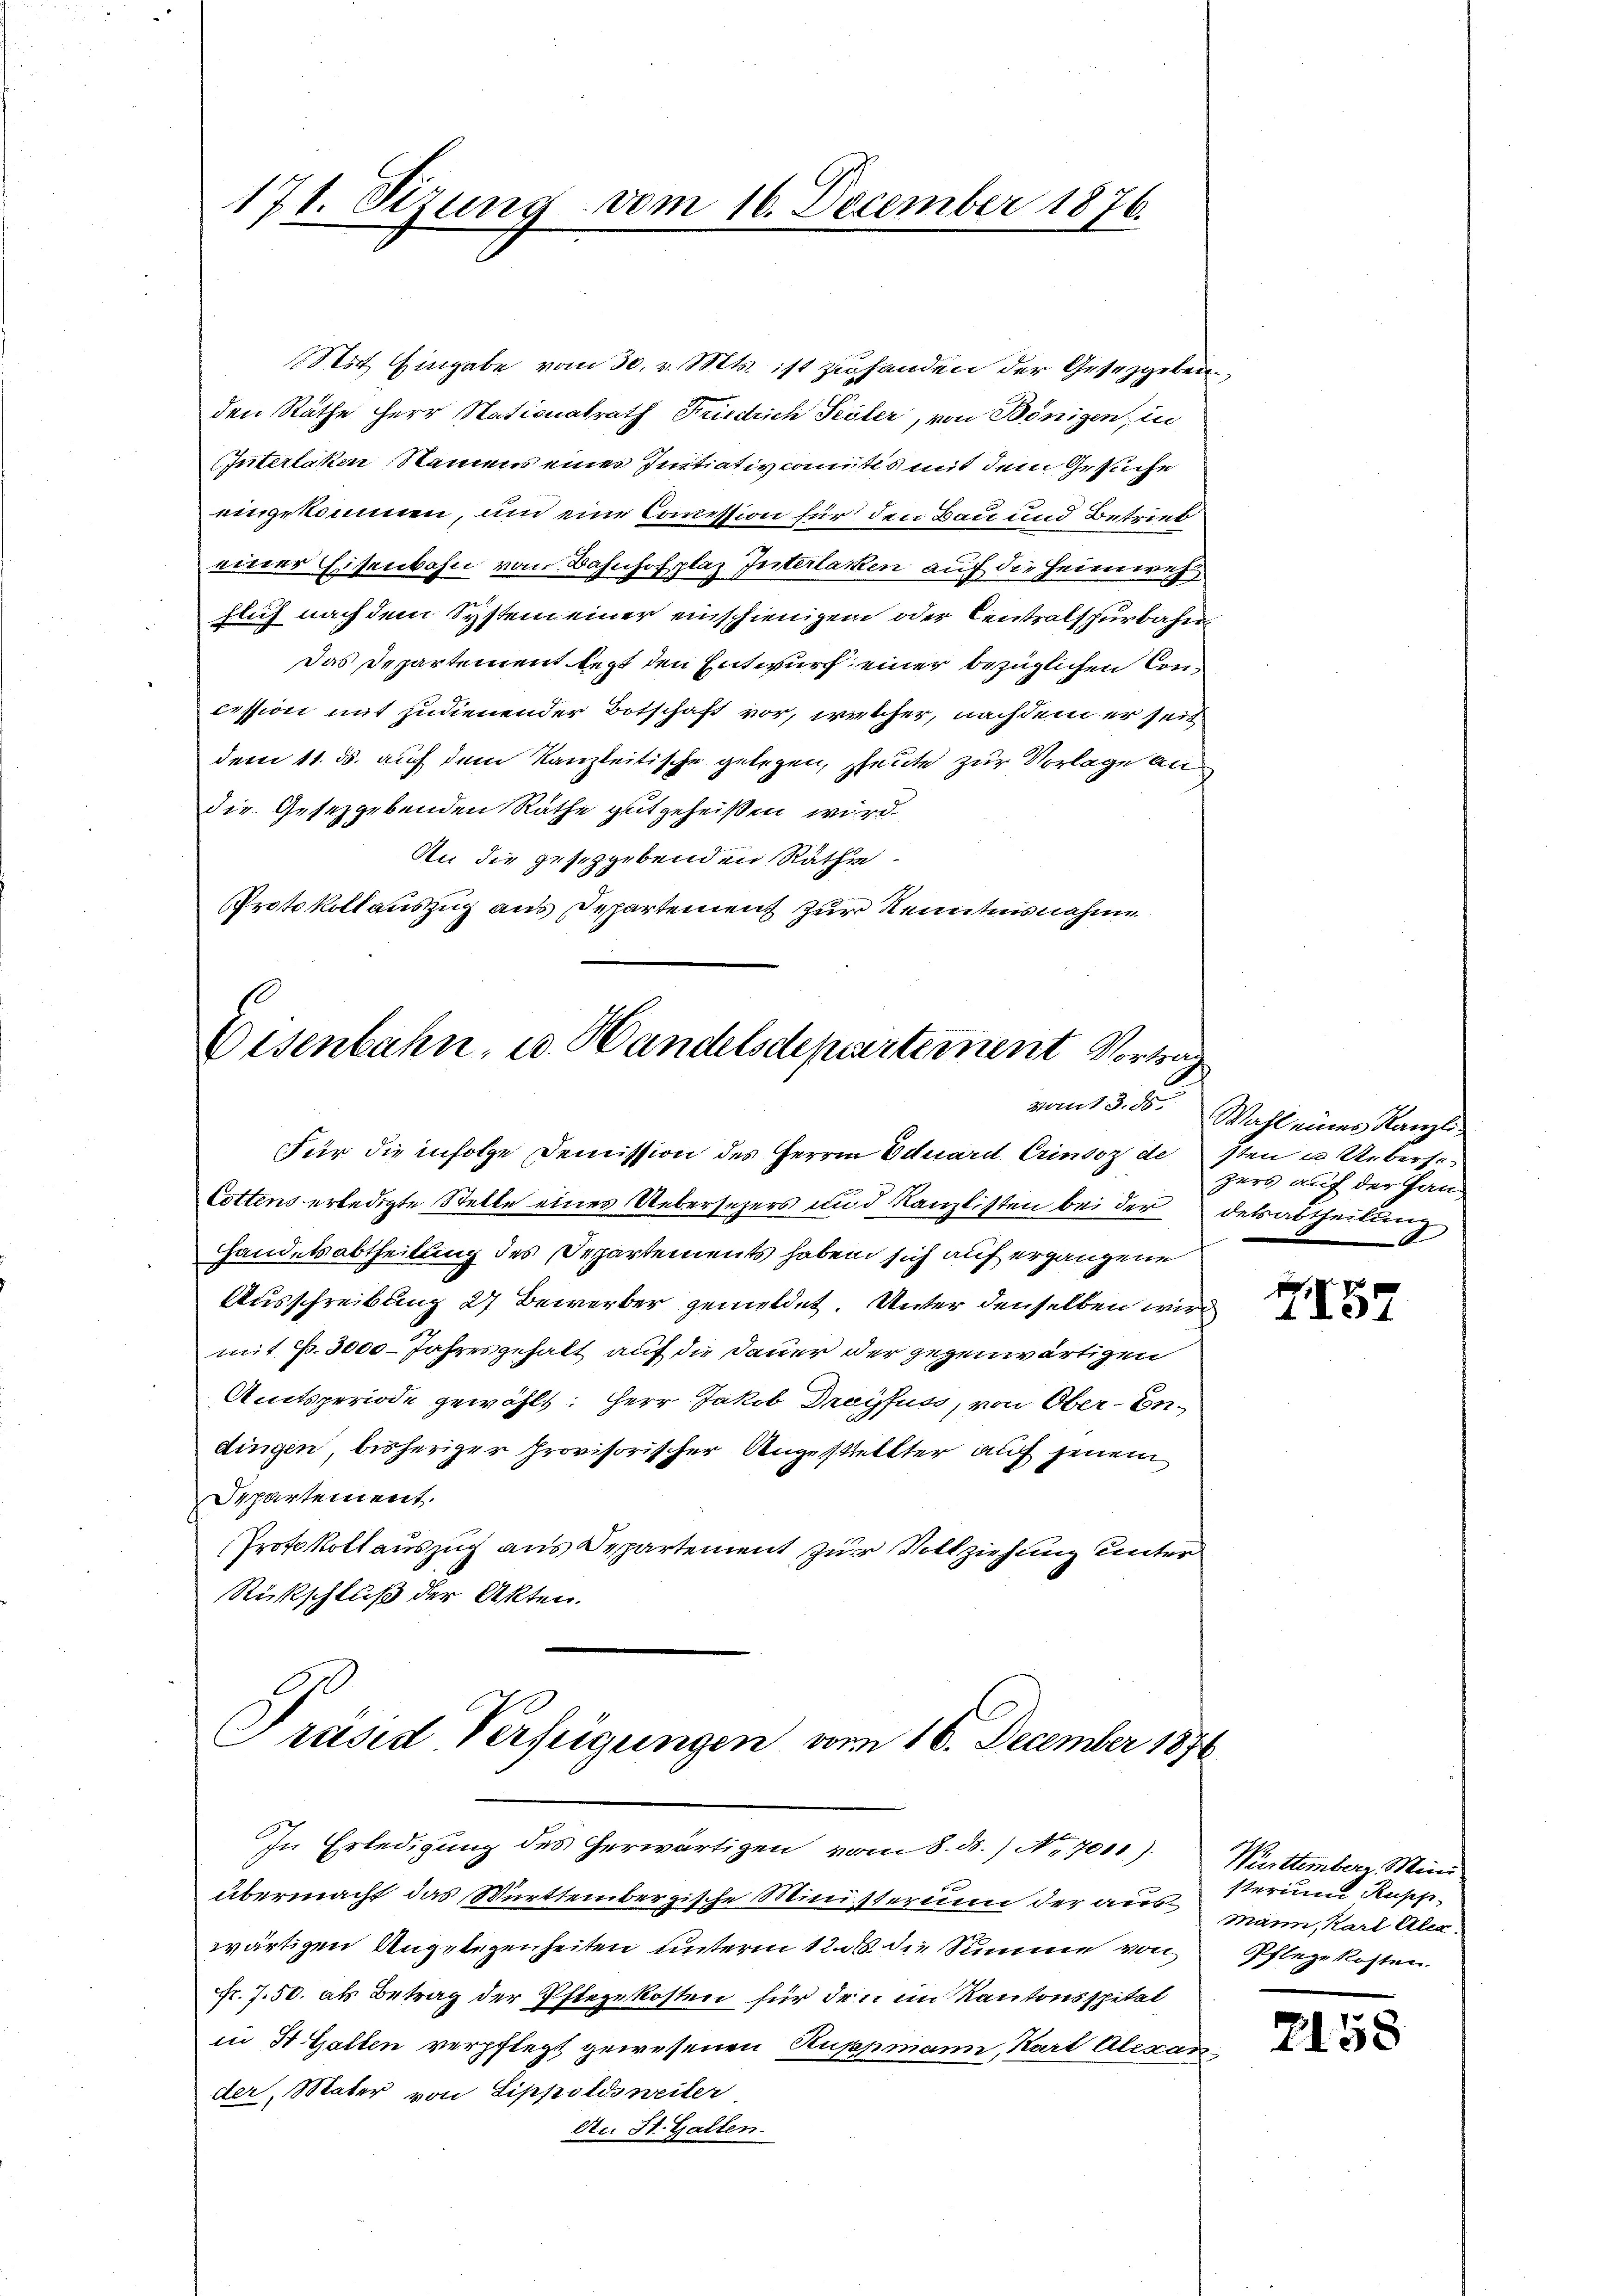
171. Sizung vom 16. December 1876.

Mit Eingabe vom 30. v. Mts. ist zu handen der Gesetzgebenden Räthe Herr Stationalrath Friedrich Peiler, von Bönigen, in
Interlaken, Namens eines Initiativkomites mit dem Gesuche
eingekommen, und eine Commission für den Bau und Betrieb
einer Eisenbahn vom Bahnhofplaz Interlacken auf die Heimwes
flich nach dem System einer einschienigen oder Centralspurbahn
Das Departement legt den Entwurf einer bezüglichen Concission mit zudienender Botschaft vor, welcher, nachdem er seit
dem 11. ds. auch dem Kanzleitische gelegen, heute zur Vorlage an
die Gesetzgebenden Rathe gutgeheißen wird.
An die geschgebenden Räthe.
Protokoll auszug aus Departement zur Kenntnisnahme

Eisenbahn, u. Handelsdepartement Vortrag
vom 13. ds.

mit P. 3000 Jahresgehalt auf die Dauer der gegenwärtigen
Amtsperiode gewählt: Herr Jakob Droyfuss, von Ober-Indingen, bisheriger Provisorischer Angestellter auf jenem
Separtement.
Protokoll auszug aus Departement zur Vollziehung unter
Rückschluß der Akten.

Für die infolge Demission des Herrn Eduard Erindoz desten u. Ueberse¬
Cottens erledigte Stelle eines Uebersezers und Kanzlisten bei der detabtheilung
Handelsabtheilung des Departements haben sich auf ergangene
Ausschreibung 27 Bewerber gemeldet. Unter denselben wird

Präsid Verfügungen vom 16. December 1870
In Erledigung des herwärtigen vom 8. ds. No. 7011).

übermacht das Württembergische Ministerium der aus sterium Rupfwärtigen Angelegenheiten unterm 12. die Summe von Pflege kosten.
Fr. 7. 50. als Betrag der Pflegekosten für den im Kantonsspital
in 4 Gallen verpflegt gewesenen Ruppmann, Karl Alexander, Mater von Sippoldsweiter
An St. Gallen.

Wahl eines Kanzlizers auf der Han¬

HI57

Württember Mini
mann, Karl Alex

2158